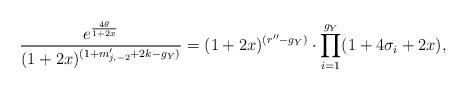
LaTeX: \begin{align*} \frac{e^{\frac{4\theta}{1+2x}}}{(1+2x)^{(1+m'_{j,-2}+2k-g_{Y})}}= (1+2x)^{(r''-g_{Y})}\cdot\prod_{i=1}^{g_{Y}}(1+4\sigma_{i}+2x),\end{align*}